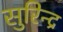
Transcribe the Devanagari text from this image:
सुरिन्द्र